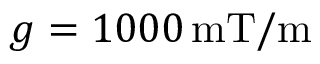
g = 1 0 0 0 \, \mathrm { m T / m }